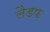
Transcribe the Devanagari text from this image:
लैडफ़